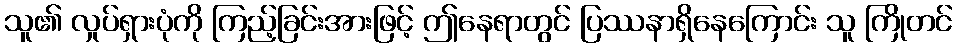
သူ၏ လှုပ်ရှားပုံကို ကြည့်ခြင်းအားဖြင့် ဤနေရာတွင် ပြဿနာရှိနေကြောင်း သူ ကြိုတင်